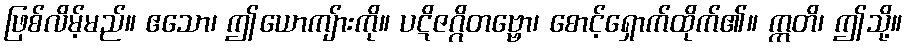
ဖြစ်လိမ့်မည်။ ဧသော၊ ဤယောကျ်ားကို။ ပဋိဇဂ္ဂိတဗ္ဗော၊ စောင့်ရှောက်ထိုက်၏။ ဣတိ၊ ဤသို့။